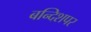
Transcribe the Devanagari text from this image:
बन्दिशपर